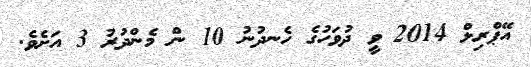
އޭޕްރިލް 2014 ވީ ދުވަހުގެ ހެނދުނު 10 ން މެންދުރު 3 އަށެވެ.